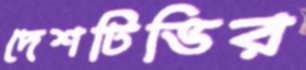
দেশটিভির